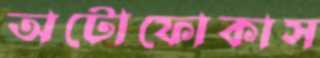
অটোফোকাস